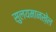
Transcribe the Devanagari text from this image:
सुलयमानख़ेल